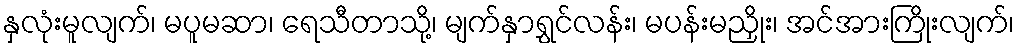
နှလုံးမူလျက်၊ မပူမဆာ၊ ရေသီတာသို့၊ မျက်နှာရွှင်လန်း၊ မပန်းမညှိုး၊ အင်အားကြိုးလျက်၊